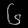
Digit: ၆